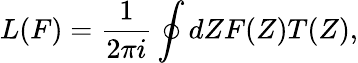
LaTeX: L(F)=\frac{1}{2\pi i}\oint dZF(Z)T(Z),